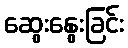
ဆွေးနွေးခြင်း